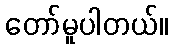
တော်မူပါတယ်။